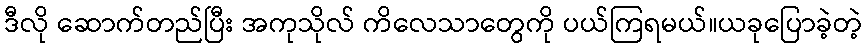
ဒီလို ဆောက်တည်ပြီး အကုသိုလ် ကိလေသာတွေကို ပယ်ကြရမယ်။ယခုပြောခဲ့တဲ့